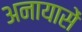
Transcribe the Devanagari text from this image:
अनायासें